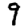
Digit: 9